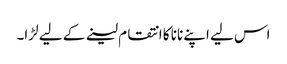
اس لیے اپنے نانا کا انتقام لینے کے لیے لڑا۔